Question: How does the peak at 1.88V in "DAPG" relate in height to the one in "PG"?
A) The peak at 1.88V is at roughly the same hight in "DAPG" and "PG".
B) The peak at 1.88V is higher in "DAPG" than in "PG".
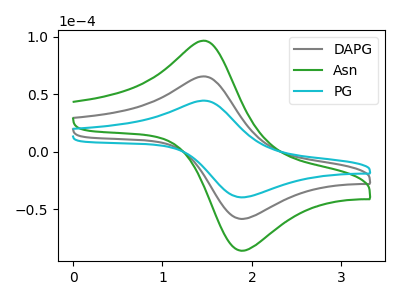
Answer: <think>The gray curve "DAPG" has an anodic peak at (1.45V, 65.40uA) and a cathodic peak at (1.90V, -58.30uA). The green curve "Asn" has an anodic peak at (1.45V, 130.80uA) and a cathodic peak at (1.90V, -116.55uA). The cyan curve "PG" has an anodic peak at (1.45V, 44.40uA) and a cathodic peak at (1.90V, -39.55uA).</think>
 <answer>B) The peak at 1.88V is higher in "DAPG" than in "PG".</answer>
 <eval>B</eval>